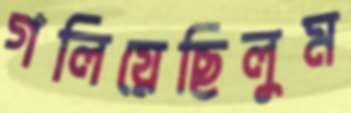
গলিয়েছিলুম